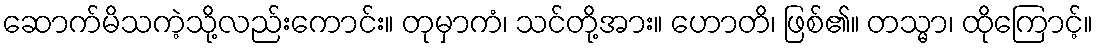
ဆောက်မိသကဲ့သို့လည်းကောင်း။ တုမှာကံ၊ သင်တို့အား။ ဟောတိ၊ ဖြစ်၏။ တသ္မာ၊ ထိုကြောင့်။